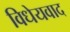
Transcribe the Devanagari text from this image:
विधेयवाद